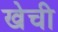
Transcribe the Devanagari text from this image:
खेची